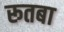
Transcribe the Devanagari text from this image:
रूतबा